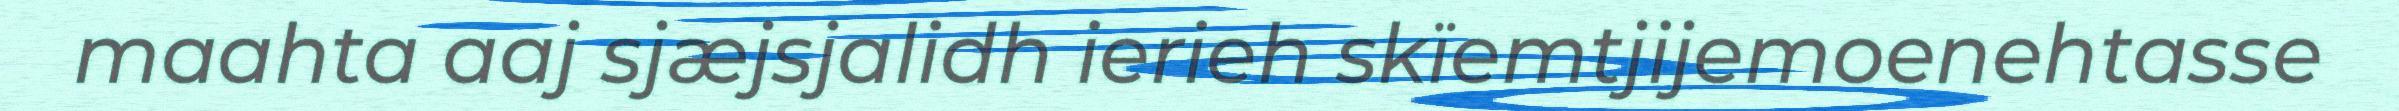
maahta aaj sjæjsjalidh ierieh skïemtjijemoenehtasse